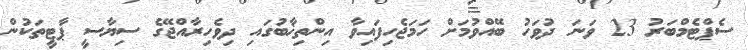
ސެޕްޓެމްބަރު 23 ވަނަ ދުވަހު ބޭއްވުމަށް ހަމަޖެހިފައިވާ އިންތިޚާބުގައި ދިވެހިރާއްޖޭގެ ސިޔާސީ ޕާޓީތަކުން